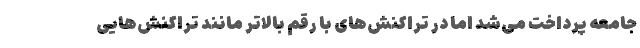
جامعه پرداخت می‌شد اما در تراکنش‌های با رقم بالاتر مانند تراکنش‌هایی